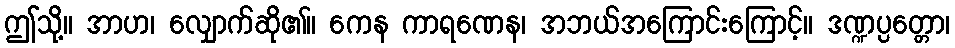
ဤသို့။ အာဟ၊ လျှောက်ဆို၏။ ကေန ကာရဏေန၊ အဘယ်အကြောင်းကြောင့်။ ဒဏ္ဍပ္ပတ္တော၊